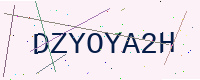
Text: DZYOYA2H